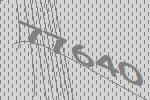
77640